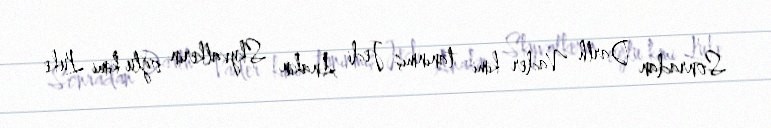
Sonradan Darth Vader kimi tanınmış Jedi Anakin Skyvalkerin oğlu kimi Luke